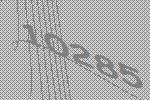
10285